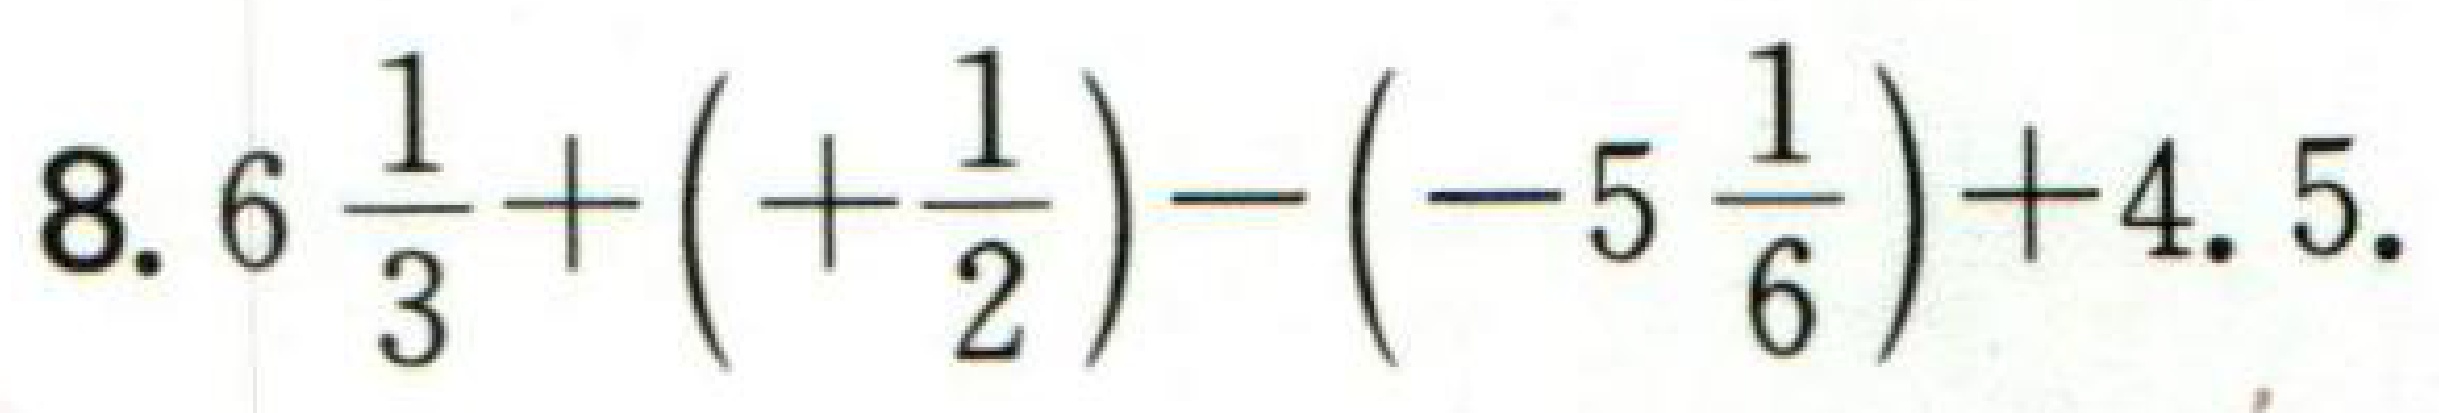
$8.6\frac{1}{3}+(+\frac{1}{2})-(-5\frac{1}{6})+4.5.$